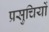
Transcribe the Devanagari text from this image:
प्रसुचियों